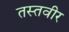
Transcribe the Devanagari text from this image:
तस्तवीर